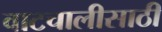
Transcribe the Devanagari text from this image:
वाटचालीसाठी